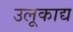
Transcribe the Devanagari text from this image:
उलूकाद्य